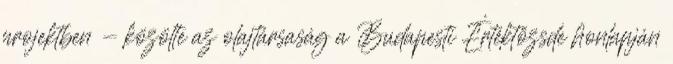
projektben - közölte az olajtársaság a Budapesti Értéktőzsde honlapján